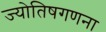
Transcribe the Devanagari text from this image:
ज्योतिषगणना